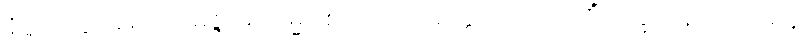
နိဗ္ဗိတက္ကာ မောတိ မဇ္ဇာမိ ကမ္မဝါစကံ ဝိဿတ္ထောတိ ဩဒဟိံ ဝက္ခမာနပ္ပကာရေန